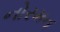
નોરમન